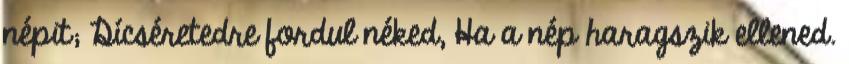
népit; Dícséretedre fordul néked, Ha a nép haragszik ellened.